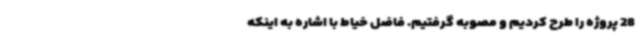
28 پروژه را طرح کردیم و مصوبه گرفتیم. فاضل خیاط با اشاره به اینکه